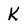
Character: K